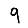
Digit: 9